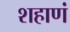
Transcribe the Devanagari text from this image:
शहाणं